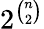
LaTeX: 2^{\binom{n}{2}}